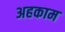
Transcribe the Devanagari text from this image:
अहकाम